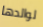
لوالدها